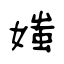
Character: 媸